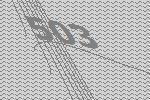
503